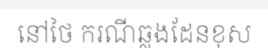
នៅថៃ ករណីឆ្លងដែនខុស